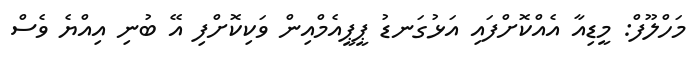
މަހްލޫފް: މީޑިއާ އެއްކޮށްފައި އަޅުގަނޑު ޕީޕީއެމްއިން ވަކިކޮށްފި އޭ ބުނި އިއްޔެ ވެސް